Insane asylums in Bengal annual reports 1867-1875 - 1867-1875
Year: 1867
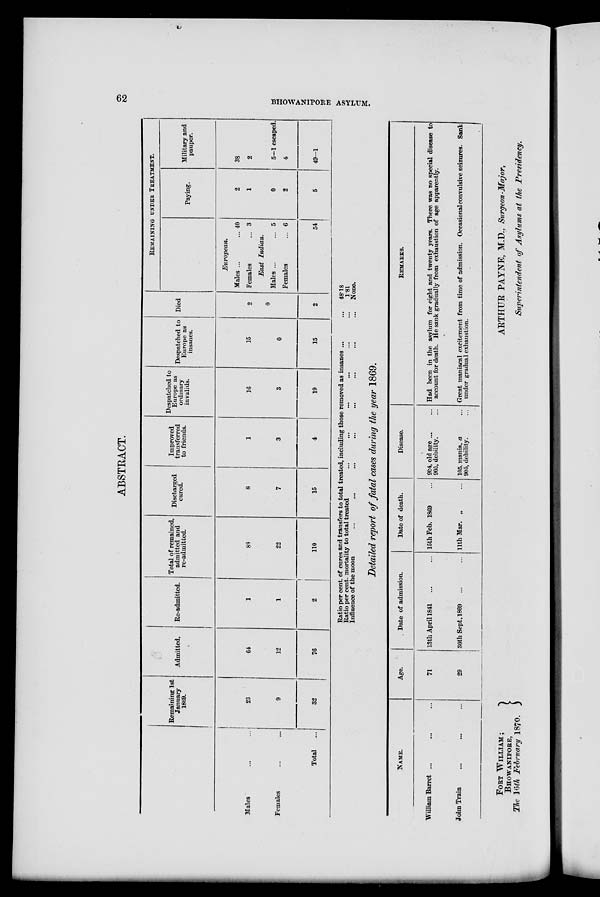
62
BHOWANIPORE ASYLUM.
ABSTRACT.
Males ... ...
Females ... ...
Total ...
Remaining 1st
January
1869.
23
9
32
Admitted.
64
12
76
Re-admitted.
1
1
2
Total of remained,
admitted and
re-admitted.
83
22
110
Discharged
cured.
8
7
15
Improved
transferred
to friends.
1
3
4
Despatched to
Europe as
ordinary
invalids.
36
3
19
Despatched to
Europe as
insanes.
15
0
15
Died
2
0
2
REMAINING UNDER TREATMENT.
European.
Males ...
...
Females
...
East
Indian.
Males ...
...
Females
...
40
3
5
6
54
Paying.
2
1
0
2
5
Military and
pauper.
38
2
5—1 escaped.
4
49—1
Ratio per cent. of cures and transfers to total treated, including those removed as insanes ...
Ratio per cent. mortality to total treated ... ... ... ... ... ...
Influence of the moon ... ... ... ... ... ... ...
48.18
1.81
None.
Detailed report of fatal cases during the year 1869.
NAME.
William Barret ... ... ....
John Train ... ... ...
Age.
71
29
Date of admission.
13th April 1841 ... ...
30th Sept. 1869 ... ...
Date of death.
15th Feb. 1869 ...
11th Mar. „ ...
Disease.
904, old age ... ...
905, debility. ...
105, mania, a ...
905, debility. ...
REMARKS.
Had been in the asylum for eight and twenty years. There was no special disease to
account for death. He sank gradually from exhaustion of age apparently.
Great maniacal excitement from time of admission. Occasional convulsive seizures. Sank
under gradual exhaustion.
FORT WILLIAM;
BHOWANIPORE,
The 16th February 1870.
ARTHUR PAYNE, M.D., Surgeon-Major,
Superintendent of Asylums at the Presidency.